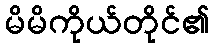
မိမိကိုယ်တိုင်၏